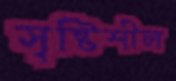
সৃষ্টিশীল